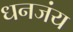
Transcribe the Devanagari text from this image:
धनजंय